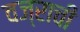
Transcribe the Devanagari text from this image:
वज्राची